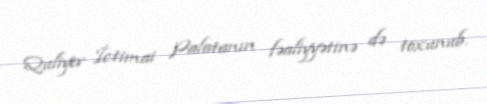
Quliyev İctimai Palatanın fəaliyyətinə də toxunub.